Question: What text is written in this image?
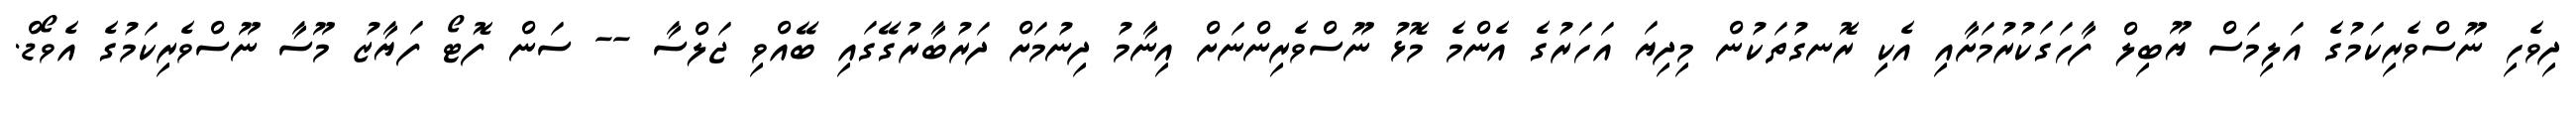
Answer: ދިވެހި ނޫސްވެރިކަމުގެ އަލިމަސް ޔޫބިލް ފާހަގަކުރުމަށާއި އެކި ރޮނގުތަކުން މިދިޔަ އަހަރުގެ އެންމެ މޮޅު ނޫސްވެރިންނަށް އިނާމު ދިނުމަށް ދަރުބާރުގޭގައި ބޭއްވި ޖަލްސާ -- ސަން ފޮޓޯ ފަޔާޒު މޫސާ ނޫސްވެރިކަމުގެ އެވޯޑް.